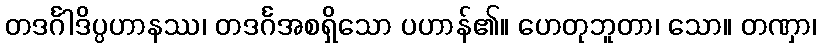
တဒင်္ဂါဒိပ္ပဟာနဿ၊ တဒင်္ဂအစရှိသော ပဟာန်၏။ ဟေတုဘူတာ၊ သော။ တဏှာ၊